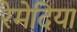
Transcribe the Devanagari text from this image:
रेमेदिया